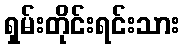
ရှမ်းတိုင်းရင်းသား